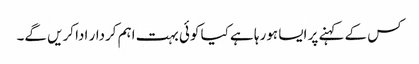
کس کے کہنے پر ایسا ہورہا ہے کیا کوئی بہت اہم کردار ادا کریں گے۔